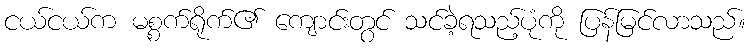
ငယ်ငယ်က မစ္စက်ရိုက်၏ ကျောင်းတွင် သင်ခဲ့ရသည့်ပုံကို ပြန်မြင်လာသည်။